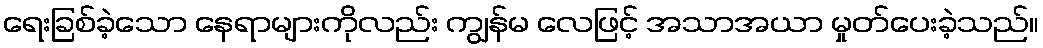
ရေးခြစ်ခဲ့သော နေရာများကိုလည်း ကျွန်မ လေဖြင့် အသာအယာ မှုတ်ပေးခဲ့သည်။